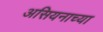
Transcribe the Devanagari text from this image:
असियनाच्या